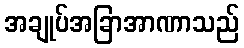
အချုပ်အခြာအာဏာသည်